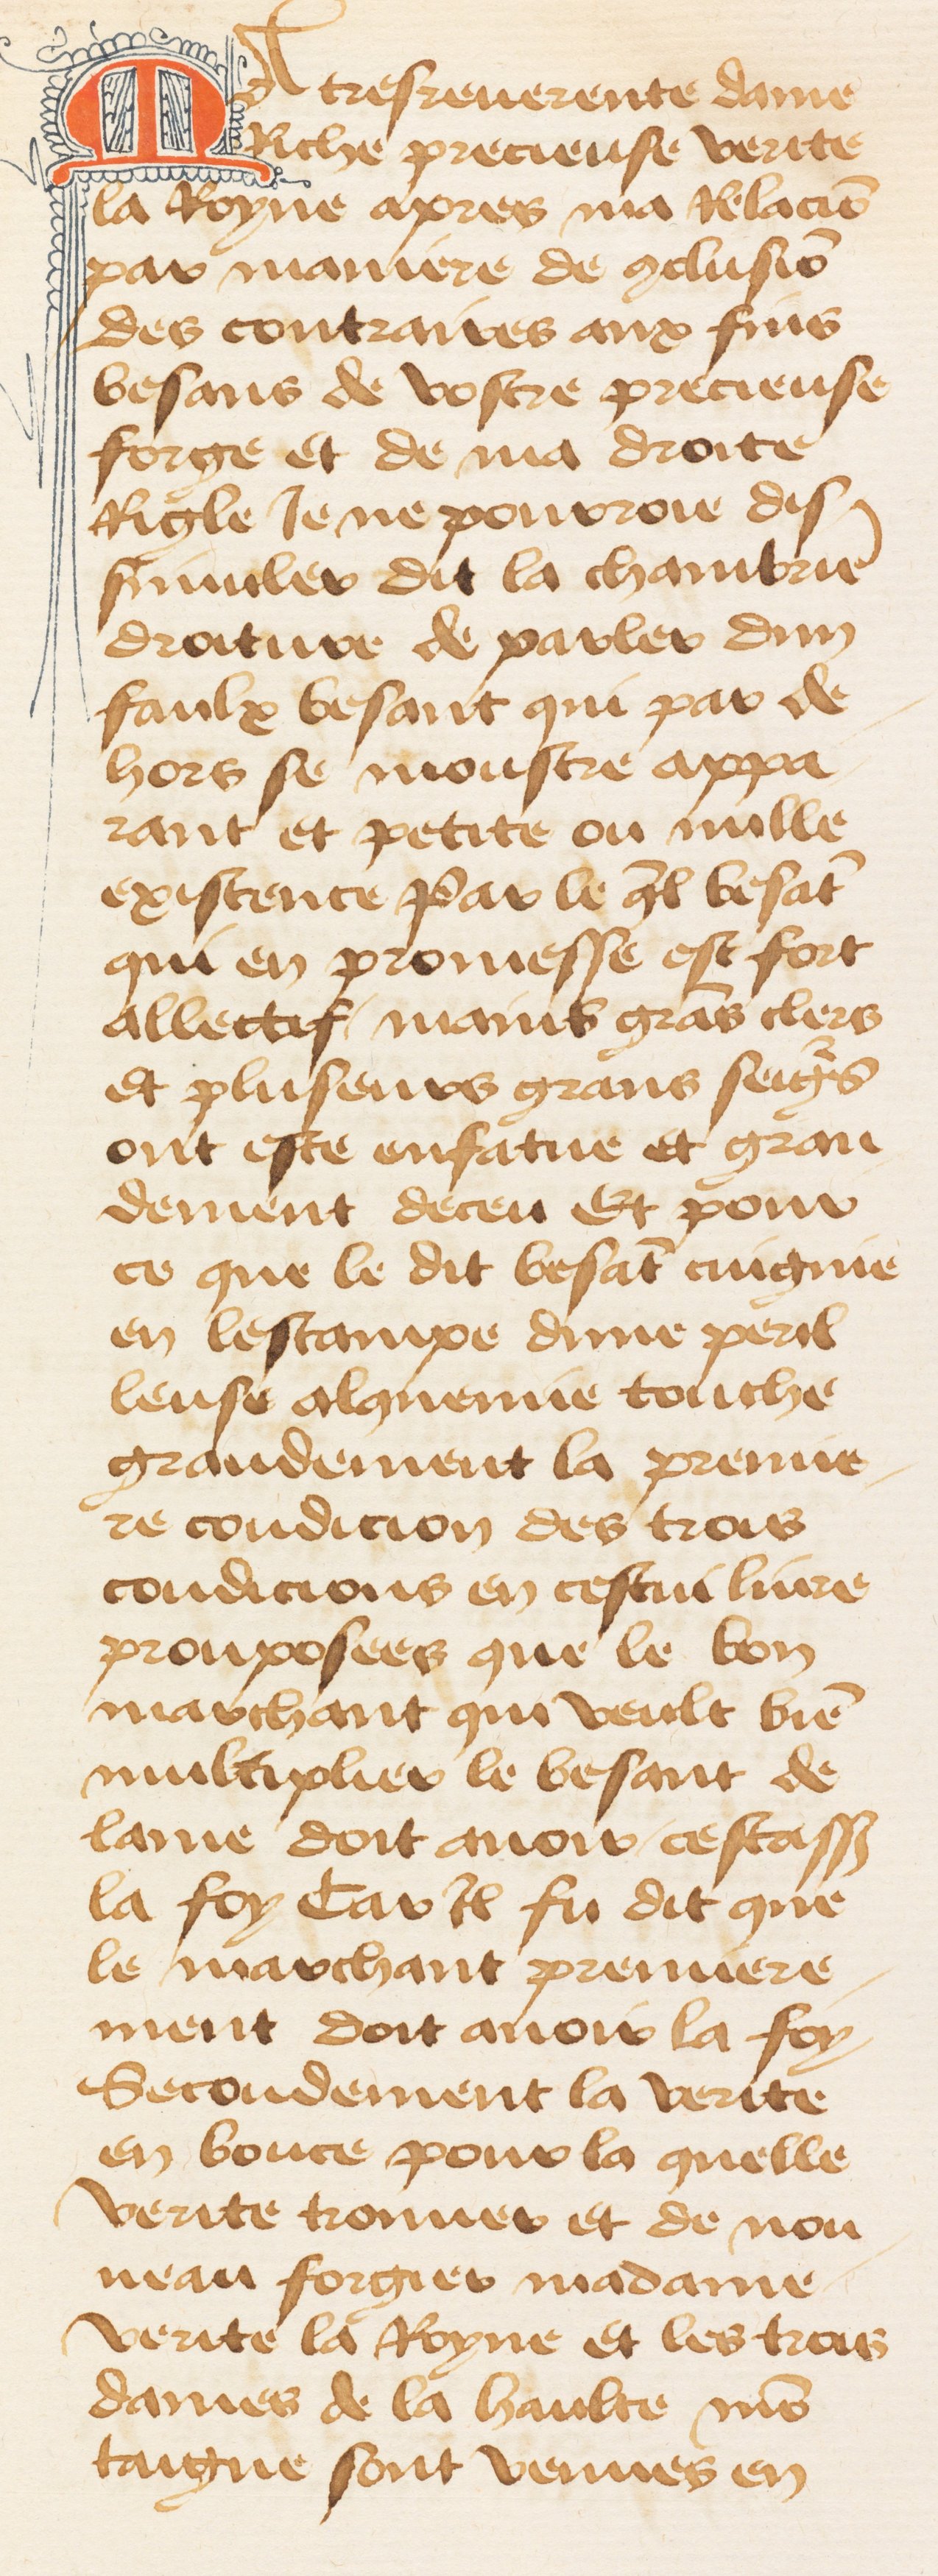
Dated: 1460–1470